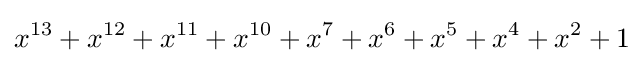
x^{13}+x^{12}+x^{11}+x^{10}+x^{7}+x^{6}+x^{5}+x^{4}+x^{2}+1